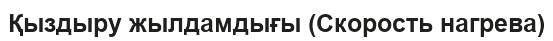
Қыздыру жылдамдығы (Скорость нагрева)